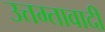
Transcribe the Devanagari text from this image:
उत्तम्तावादी